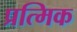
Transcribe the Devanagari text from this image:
प्रत्मिक